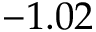
- 1 . 0 2